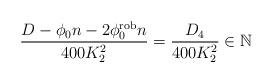
LaTeX: \begin{align*} \frac{D- \phi_0n - 2 \phi^{\rm rob}_0 n}{400K^2_2}=\frac{D_4}{400K^2_2}\in \mathbb{N}\end{align*}